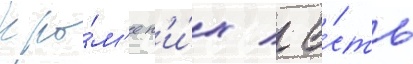
Кро́м'е н'и́х / е́сть